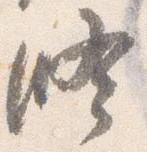
修